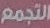
التجمع